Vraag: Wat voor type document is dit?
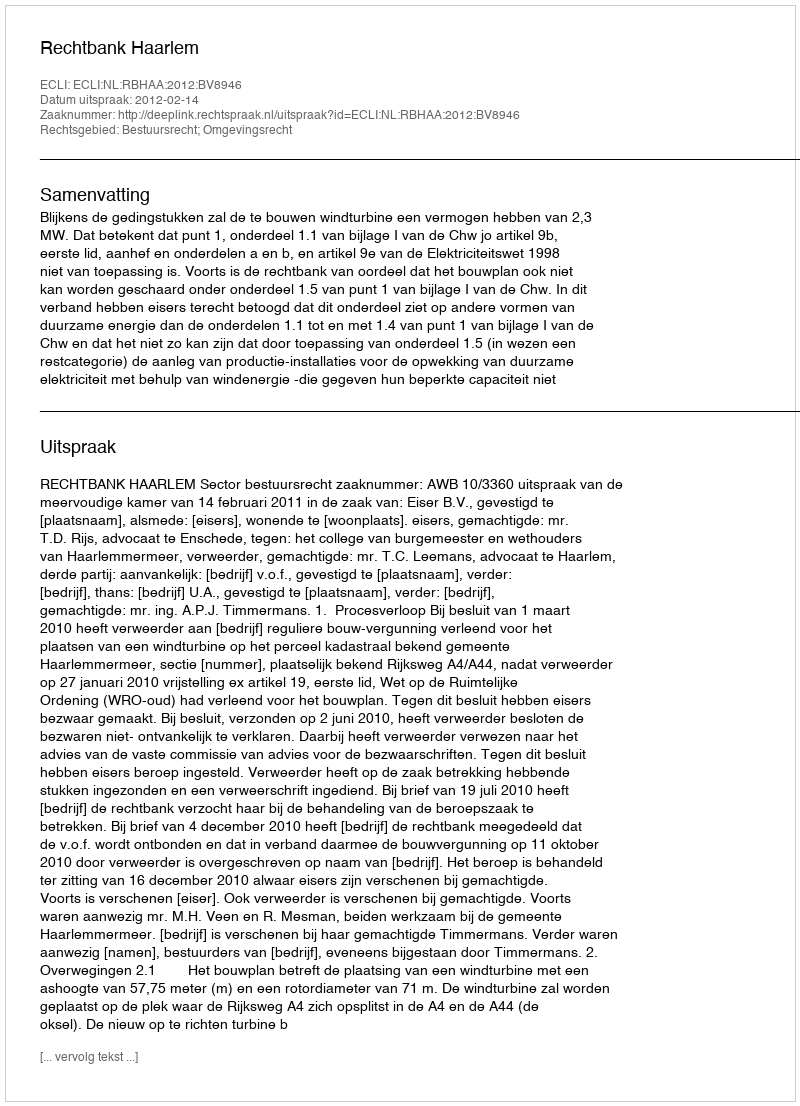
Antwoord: Uitspraak